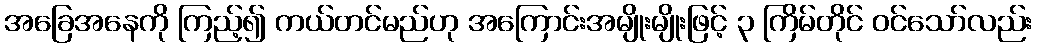
အခြေအနေကို ကြည့်၍ ကယ်တင်မည်ဟု အကြောင်းအမျိုးမျိုးဖြင့် ၃ ကြိမ်တိုင် ဝင်သော်လည်း